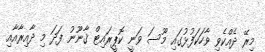
މިރޭ ދެއްކެވި ވާހަކަފުޅުގައި މޫސަ ވަނީ ކޮޕީރައިޓް ޤާނޫނު ފަދަ މި ދާއިރާއާއި